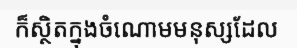
ក៏ស្ថិតក្នុងចំណោមមនុស្សដែល